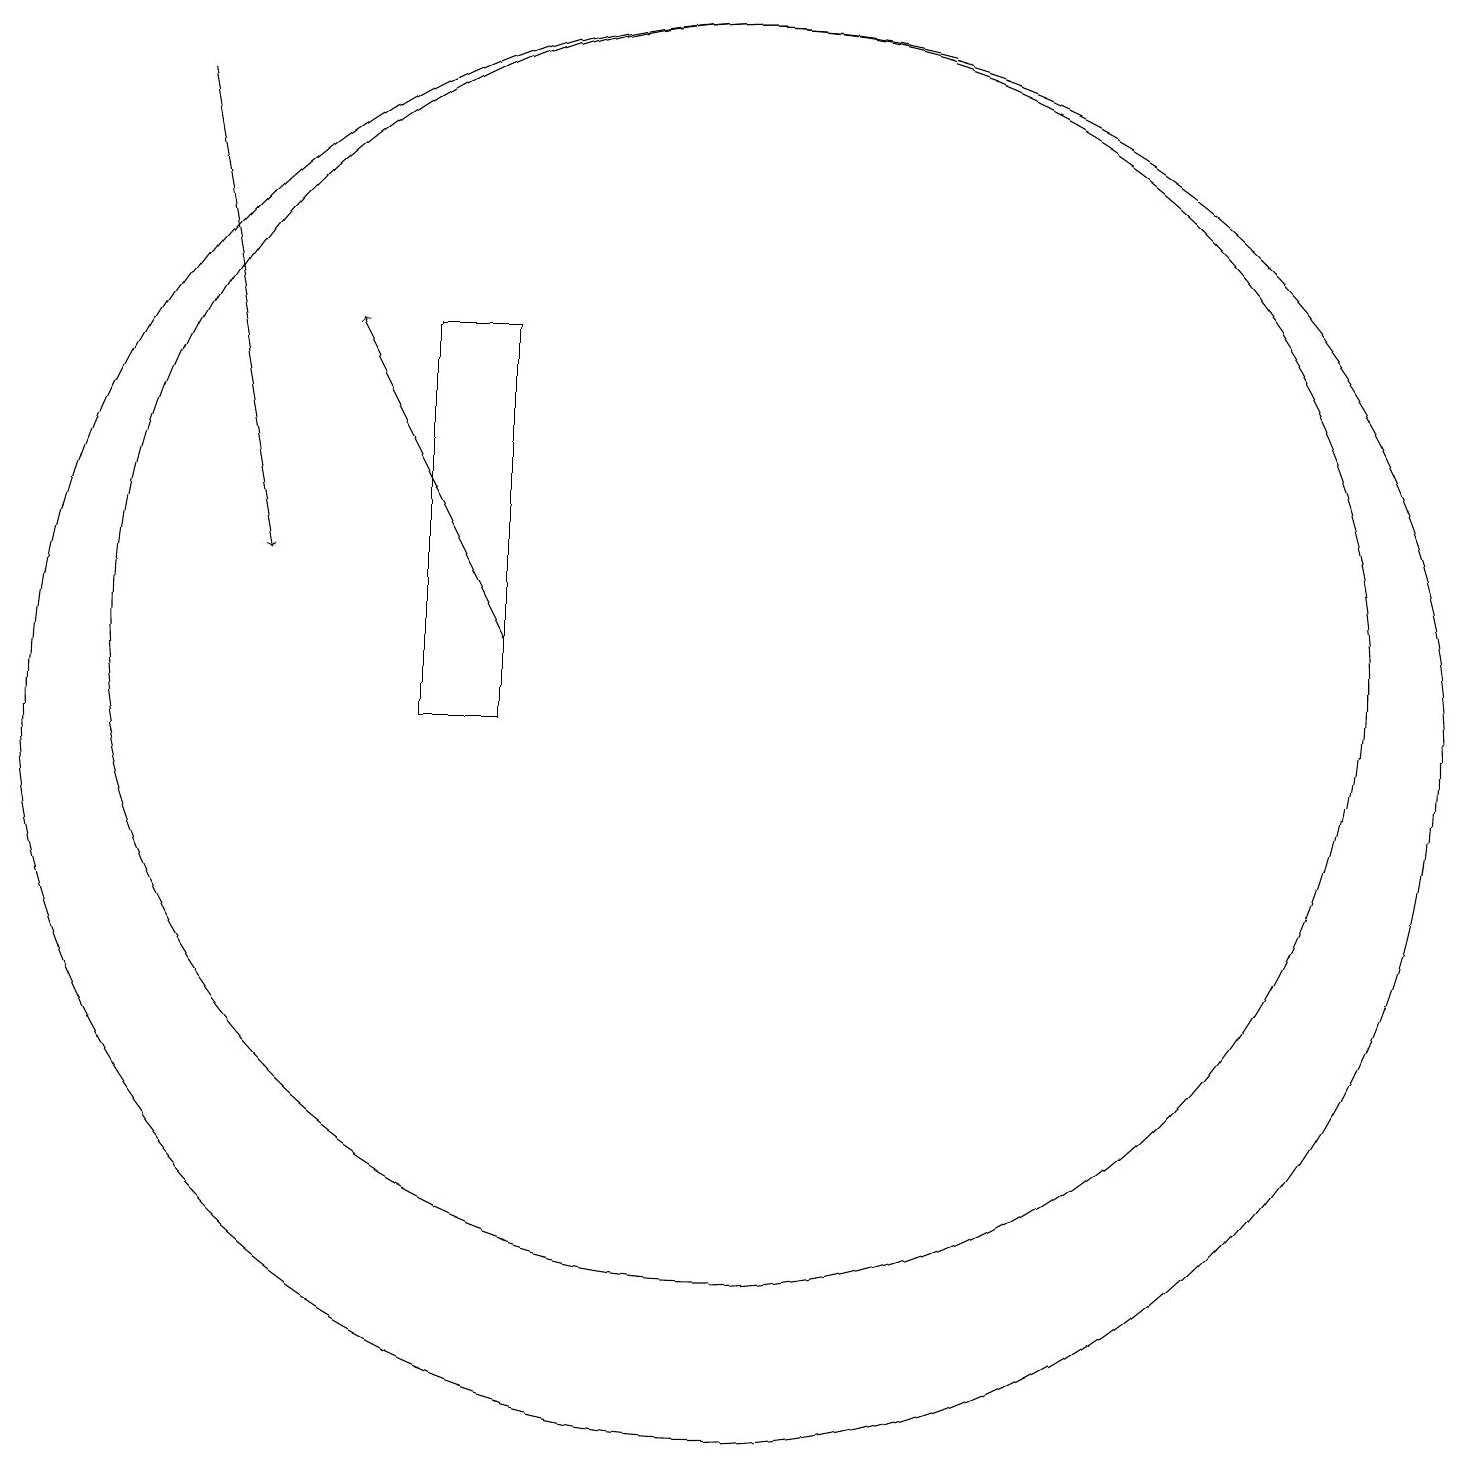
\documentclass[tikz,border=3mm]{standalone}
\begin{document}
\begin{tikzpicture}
\draw[->] (4,18) -- (5,12);
\draw (11,11) circle (8);
\draw (11,10) circle (9);
\draw (8,10) rectangle (7,15);
\draw[->] (8,11) -- (6,15);
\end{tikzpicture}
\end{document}